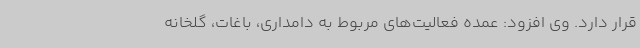
قرار دارد. وی افزود: عمده فعالیت‌های مربوط به دامداری، باغات، گلخانه